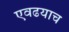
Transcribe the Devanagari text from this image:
एवढयाच